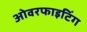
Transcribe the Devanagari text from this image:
ओवरफाइटिंग